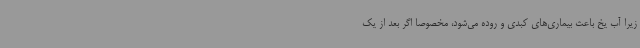
زیرا آب یخ باعث بیماری‌های کبدی و روده می‌شود، مخصوصا اگر بعد از یک